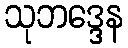
သုဘဒ္ဒေန